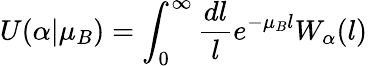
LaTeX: U(\alpha|\mu_{B})=\int_{0}^{\infty}\frac{dl}{l}e^{-\mu_{B}l}W_{\alpha}(l)